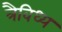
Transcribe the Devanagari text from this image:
त्रैविध्य